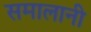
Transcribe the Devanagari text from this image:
समालानी